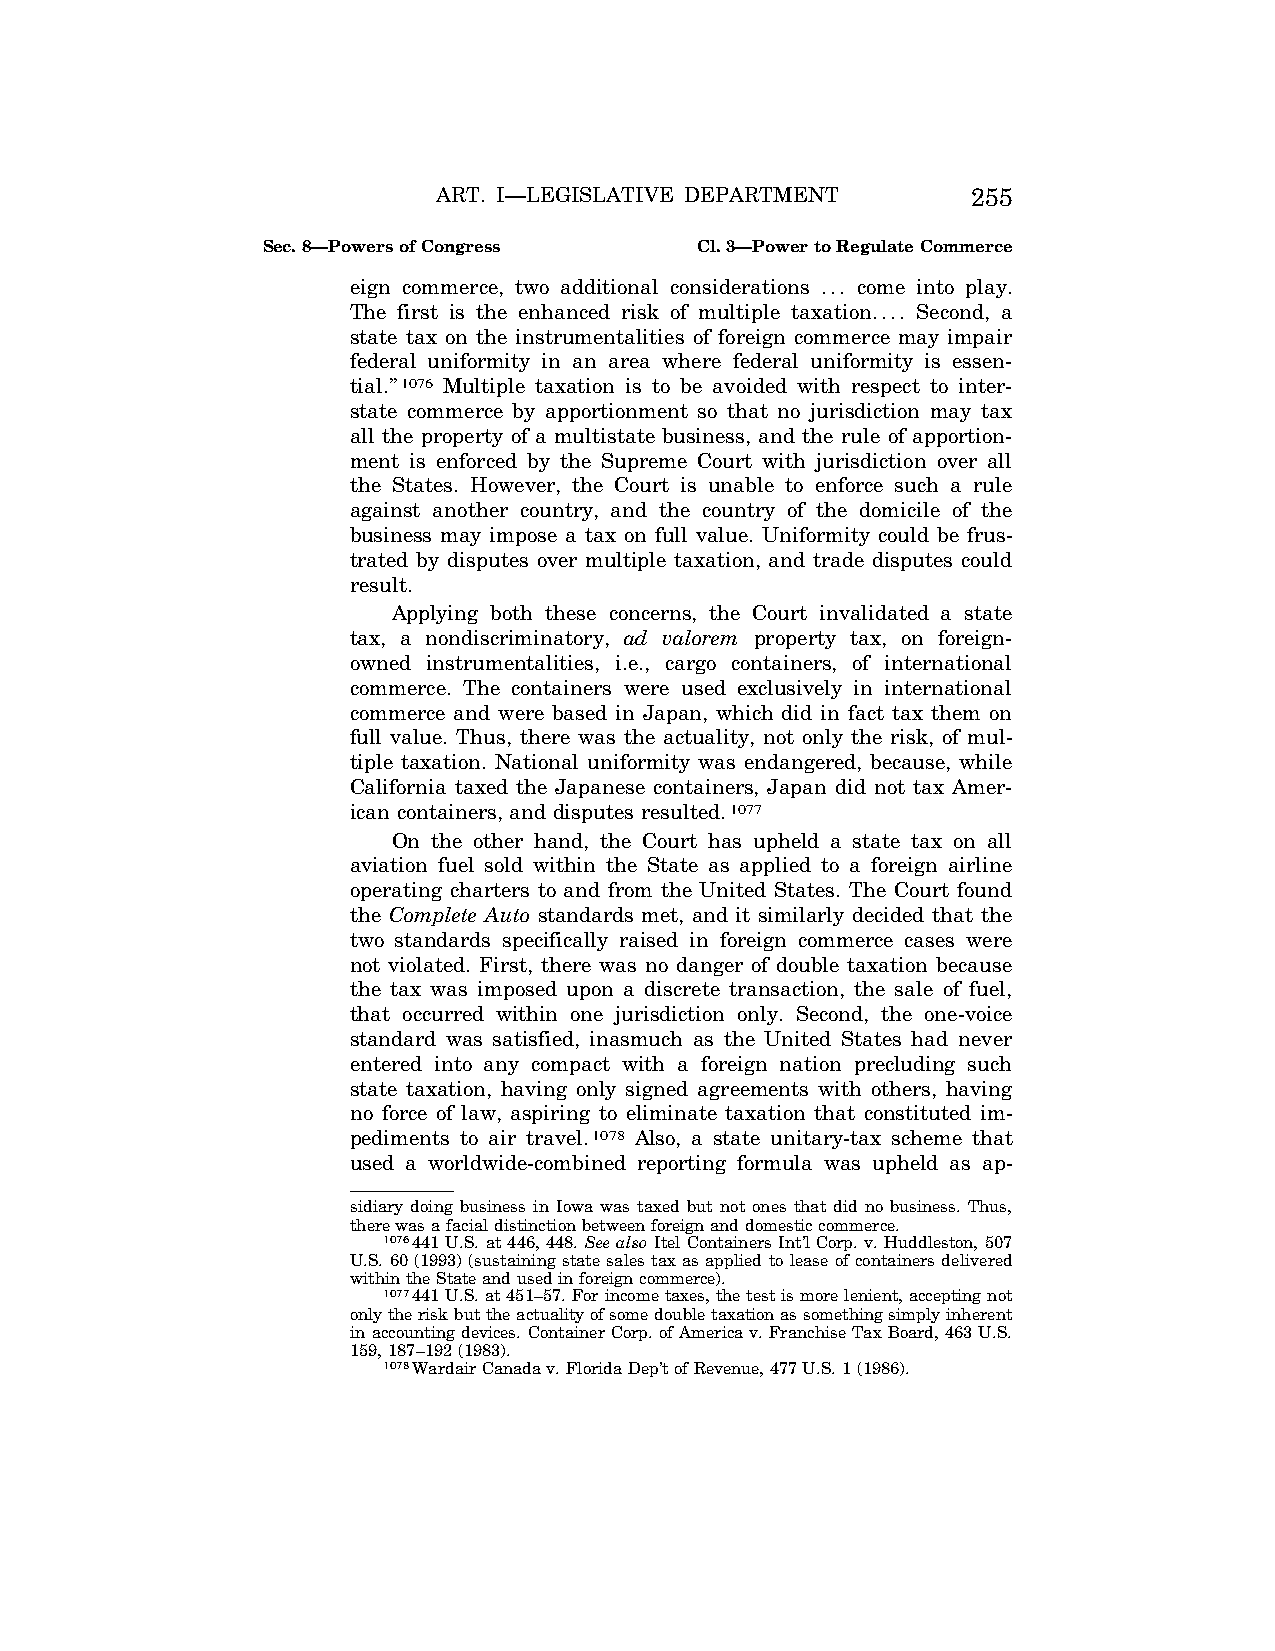
ART. I—LEGISLATIVE DEPARTMENT      255
 Sec. 8—Powers of Congress    Cl. 3—Power to Regulate Commerce
 eign commerce, two additional considerations ... come into play.
 The first is the enhanced risk of multiple taxation.... Second, a
 state tax on the instrumentalities of foreign commerce may impair
 federal uniformity in an area where federal uniformity is essen-
 tial.’’1076 Multiple taxation is to be avoided with respect to inter-
 state commerce by apportionment so that no jurisdiction may tax
 all the property of a multistate business, and the rule of apportion-
 ment is enforced by the Supreme Court with jurisdiction over all
 the States. However, the Court is unable to enforce such a rule
 against another country, and the country of the domicile of the
 business may impose a tax on full value. Uniformity could be frus-
 trated by disputes over multiple taxation, and trade disputes could
 result.
 Applying both these concerns, the Court invalidated a state
 tax, a nondiscriminatory, ad valorem property tax, on foreign-
 owned instrumentalities, i.e., cargo containers, of international
 commerce. The containers were used exclusively in international
 commerce and were based in Japan, which did in fact tax them on
 full value. Thus, there was the actuality, not only the risk, of mul-
 tiple taxation. National uniformity was endangered, because, while
 California taxed the Japanese containers, Japan did not tax Amer-
 ican containers, and disputes resulted.1077
 On the other hand, the Court has upheld a state tax on all
 aviation fuel sold within the State as applied to a foreign airline
 operating charters to and from the United States. The Court found
 the Complete Auto standards met, and it similarly decided that the
 two standards specifically raised in foreign commerce cases were
 not violated. First, there was no danger of double taxation because
 the tax was imposed upon a discrete transaction, the sale of fuel,
 that occurred within one jurisdiction only. Second, the one-voice
 standard was satisfied, inasmuch as the United States had never
 entered into any compact with a foreign nation precluding such
 state taxation, having only signed agreements with others, having
 no force of law, aspiring to eliminate taxation that constituted im-
 pediments to air travel.1078 Also, a state unitary-tax scheme that
 used a worldwide-combined reporting formula was upheld as ap-
 sidiary doing business in Iowa was taxed but not ones that did no business. Thus,
 there was a facial distinction between foreign and domestic commerce.
 1076441 U.S. at 446, 448. See also Itel Containers Int’l Corp. v. Huddleston, 507
 U.S. 60 (1993) (sustaining state sales tax as applied to lease of containers delivered
 within the State and used in foreign commerce).
 1077441 U.S. at 451–57. For income taxes, the test is more lenient, accepting not
 only the risk but the actuality of some double taxation as something simply inherent
 in accounting devices. Container Corp. of America v. Franchise Tax Board, 463 U.S.
 159, 187–192 (1983).
 1078Wardair Canada v. Florida Dep’t of Revenue, 477 U.S. 1 (1986).
 VerDate Apr<14>2004 12:35 Apr 14, 2004 Jkt 077500 PO 00000 Frm 00193 Fmt 8222 Sfmt 8222 C:\CONAN\CON009.SGM PRFM99 PsN: CON009